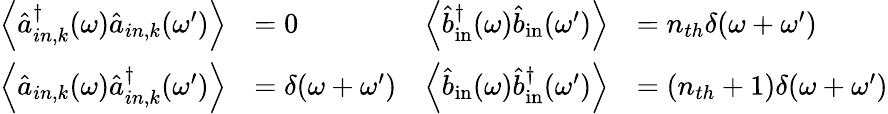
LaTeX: \begin{array}{rlrl}{\left\langle\hat{a}_{in,k}^{\dagger}(\omega)\hat{a}_{in,k}(\omega^{\prime})\right\rangle}&{=0}&{\left\langle\hat{b}_{\mathrm{in}}^{\dagger}(\omega)\hat{b}_{\mathrm{in}}(\omega^{\prime})\right\rangle}&{=n_{th}\delta(\omega+\omega^{\prime})}\\ {\left\langle\hat{a}_{in,k}(\omega)\hat{a}_{in,k}^{\dagger}(\omega^{\prime})\right\rangle}&{=\delta(\omega+\omega^{\prime})}&{\left\langle\hat{b}_{\mathrm{in}}(\omega)\hat{b}_{\mathrm{in}}^{\dagger}(\omega^{\prime})\right\rangle}&{=(n_{th}+1)\delta(\omega+\omega^{\prime})}\end{array}